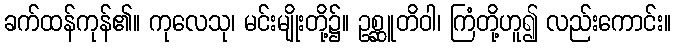
ခက်ထန်ကုန်၏။ ကုလေသု၊ မင်းမျိုးတို့၌။ ဥစ္ဆူတိဝါ၊ ကြံတို့ဟူ၍ လည်းကောင်း။